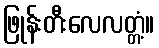
ဖြုန်းတီးလေလတ္တံ့။